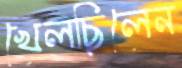
খেলছিলেন